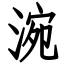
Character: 涴